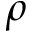
\rho